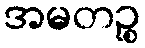
အမတဉ္စ